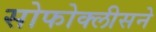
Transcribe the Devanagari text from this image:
सोफोक्लीसने